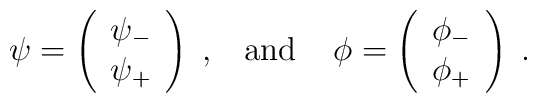
\psi=\left( \begin{array}{c} \psi_- \\ \psi_+ \end{array}\right)\;,\;\;\;\mbox{and}\;\;\;\; \phi=\left( \begin{array}{c}\phi_- \\ \phi_+ \end{array}\right)\;.